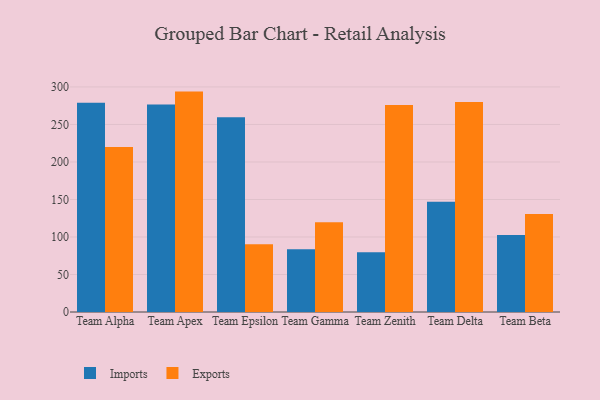
{"axis": {"x": "Team", "y": "Operating Costs (USD K)"}, "legend": ["Exports", "Imports"], "data": [{"x": "Team Alpha", "y": 279.1, "type": "Imports"}, {"x": "Team Alpha", "y": 220.1, "type": "Exports"}, {"x": "Team Apex", "y": 276.5, "type": "Imports"}, {"x": "Team Apex", "y": 293.8, "type": "Exports"}, {"x": "Team Epsilon", "y": 259.7, "type": "Imports"}, {"x": "Team Epsilon", "y": 90.2, "type": "Exports"}, {"x": "Team Gamma", "y": 83.6, "type": "Imports"}, {"x": "Team Gamma", "y": 119.5, "type": "Exports"}, {"x": "Team Zenith", "y": 79.6, "type": "Imports"}, {"x": "Team Zenith", "y": 275.8, "type": "Exports"}, {"x": "Team Delta", "y": 146.9, "type": "Imports"}, {"x": "Team Delta", "y": 279.8, "type": "Exports"}, {"x": "Team Beta", "y": 102.7, "type": "Imports"}, {"x": "Team Beta", "y": 130.6, "type": "Exports"}]}